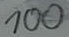
Text: 100